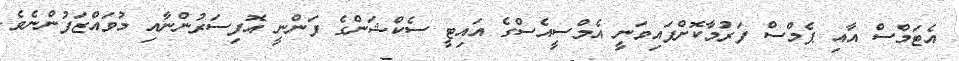
އެޓަމްސް އާއި ޕެމްސް ފަރުމާކޮށްފައިވަނީ އެމްސީއެސްގެ އައިޓީ ސެކްޝަންގެ ފަންނީ އޮފިސަރުންނާއި މުވައްޒަފުންނެވެ.